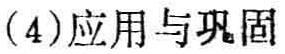
(4)应用与巩固